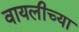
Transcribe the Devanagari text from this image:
वायलीच्या